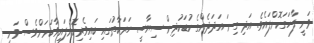
ވަނީ ފާހަގަކޮށްފައެވެ. އަދި ގިނަ އަދަދެެއްގެ ކުޑަކުދިން ސިޔާސީ ހަރަކާތުގައި ބައިވެރިކޮށްފައިވާކަމަށްވެސް ވަނީ